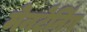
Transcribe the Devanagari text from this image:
मेनटेनिंग